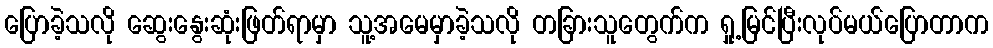
ပြောခဲ့သလို ဆွေးနွေးဆုံးဖြတ်ရာမှာ သူ့အမေမှာခဲ့သလို တခြားသူတွေက်က ရှု့မြင်ပြီးလုပ်မယ်ပြောတာက